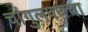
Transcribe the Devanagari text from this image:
चांगुलपणचा